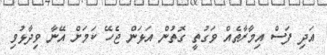
އަދި ފަސް އިމާރާތެއް ވަގުތީ ގޮތުން އަޅަން ޖެހޭ ކަމަށް އޭނާ ވިދާޅުވި